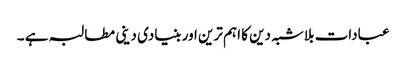
عبادات بلاشبہ دین کا اہم ترین اور بنیادی دینی مطالبہ ہے ۔